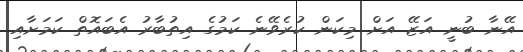
އޭނާ ބުނީ އަޒޭ އަށް މިކަން ކުރެވޭނެ ކަމުގެ އިތުބާރު އެބައޮތް ކަމަށާއި